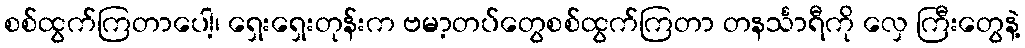
စစ်ထွက်ကြတာပေါ့၊ ရှေးရှေးတုန်းက ဗမာ့တပ်တွေစစ်ထွက်ကြတာ တနင်္သာရီကို လှေ ကြီးတွေနဲ့